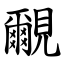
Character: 覼